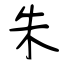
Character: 朱